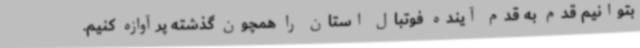
بتوانیم قدم به قدم آینده فوتبال استان را همچون گذشته پرآوازه کنیم.